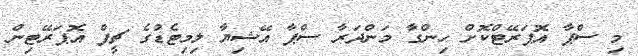
މި ސްޕާ އޮޕަރޭޓްކޮށް ހިންގާ މަންދަރާ ސްޕާ އޭޝިޔާ ލިމިޓެޑުގެ ޗީފް އޮޕަރޭޓިން